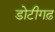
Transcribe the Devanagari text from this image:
डोटीगढ़